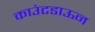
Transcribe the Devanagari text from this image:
काउंटडाऊन